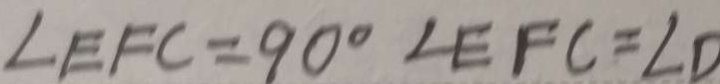
\angle E F C = 9 0 ^ { \circ } \angle E F C = \angle D